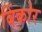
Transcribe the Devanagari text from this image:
बिंकोर